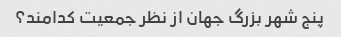
پنج شهر بزرگ جهان از نظر جمعیت کدامند؟